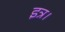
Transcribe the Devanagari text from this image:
इत्र।